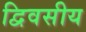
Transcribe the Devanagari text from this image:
द्विवसीय